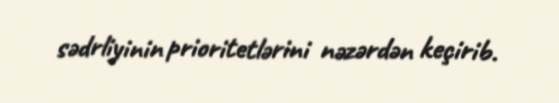
sədrliyinin prioritetlərini nəzərdən keçirib.